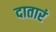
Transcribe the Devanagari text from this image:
दातारं